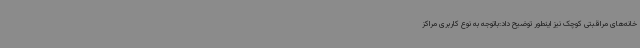
خانه‌های مراقبتی کوچک نیز اینطور توضیح داد:باتوجه به نوع کاربری مراکز